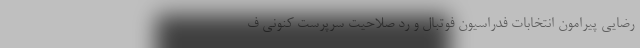
رضایی پیرامون انتخابات فدراسیون فوتبال و رد صلاحیت سرپرست کنونی ف